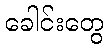
ခေါင်းတွေ